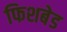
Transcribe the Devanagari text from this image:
फिशबेड